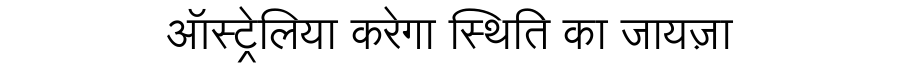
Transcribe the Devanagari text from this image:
ऑस्ट्रेलिया करेगा स्थिति का जायज़ा